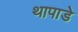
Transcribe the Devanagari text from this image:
थापाडे